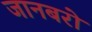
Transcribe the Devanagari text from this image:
जानबरो